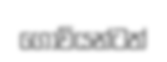
ගොවියන්ටත්